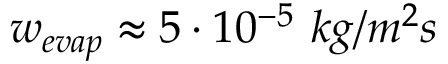
w _ { e v a p } \approx 5 \cdot 1 0 ^ { - 5 } ~ k g / m ^ { 2 } s